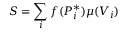
S = \sum _ { i } f ( P _ { i } ^ { * } ) \mu ( V _ { i } )